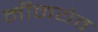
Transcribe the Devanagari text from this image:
मीनयेव